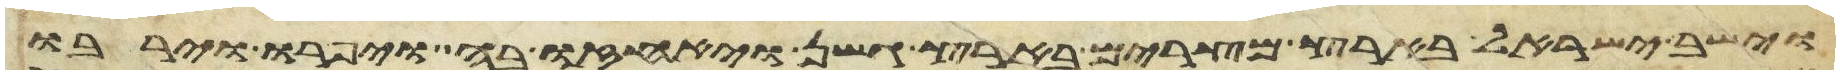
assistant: וישב ישראל בארץ מצרים בארץ גשן ויאחזו בה ויפרו וירבו